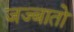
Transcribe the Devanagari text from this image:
जज्बातो